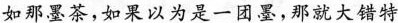
如那墨茶，如果以为是一团墨，那就大错特